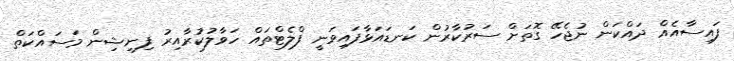
ފައިސާއެއް ދައްކަން ނުޖެހޭ ގޮތަށް ސަރުކާރުން ކަނޑައަޅާފައިވަނީ ފްލެޓްތައް ހަވާލުކުރާއިރު ފިނިޝިން މަސައްކަތް